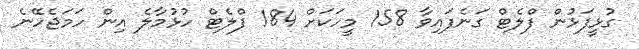
ގުޅީފަޅުން ފްލެޓް ގަނެފައިވާ 158 މީހަކަށް 184 ފްލެޓް ހުޅުމާލެ އިން ހަމަޖެހޭނެ